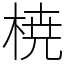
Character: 𣓤